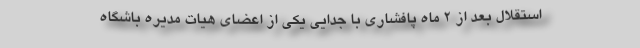
استقلال بعد از 2 ماه پافشاری با جدایی یکی از اعضای هیات مدیره باشگاه